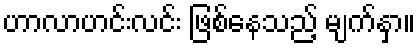
ဟာလာဟင်းလင်း ဖြစ်နေသည့် မျက်နှာ။